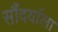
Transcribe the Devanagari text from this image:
सौंदर्याला